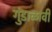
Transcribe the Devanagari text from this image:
गुंडाळावी